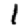
Digit: 1